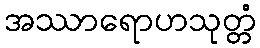
အဿာရောဟသုတ္တံ